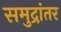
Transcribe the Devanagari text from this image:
समुद्रांतर